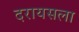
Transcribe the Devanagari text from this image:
दरायसला